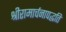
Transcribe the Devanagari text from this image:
श्रीरामार्चनापद्धति